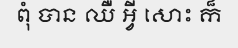
ពុំ បាន ឈឺ អ្វី សោះ ក៏